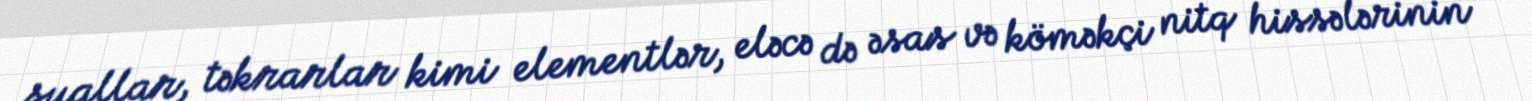
suallar, təkrarlar kimi elementlər, eləcə də əsas və köməkçi nitq hissələrinin